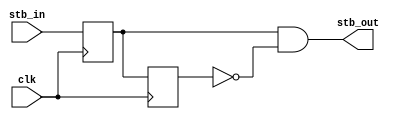
module edge_detector #(
    parameter TYPE="RISE"
) (
    input clk,

    input stb_in,
    output stb_out
);

    reg stb_reg;
    reg stb_reg_2;
    always @(posedge clk)
    begin
        stb_reg_2 <= stb_reg;
        stb_reg <= stb_in;
    end

    generate
        if (TYPE == "RISE")
            assign stb_out = stb_reg & ~stb_reg_2;
        else if (TYPE == "FALL")
            assign stb_out = ~stb_reg & stb_reg_2;
        else
            assign stb_out = stb_reg != stb_reg_2;
    endgenerate
endmodule